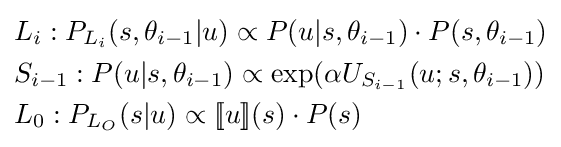
{\begin{aligned}&L_{i}:P_{L_{i}}(s,\theta _{i-1}|u)\propto P(u|s,\theta _{i-1})\cdot P(s,\theta _{i-1})\\&S_{i-1}:P(u|s,\theta _{i-1})\propto \exp(\alpha U_{S_{i-1}}(u;s,\theta _{i-1}))\\&L_{0}:P_{L_{O}}(s|u)\propto [\![u]\!](s)\cdot P(s)\end{aligned}}